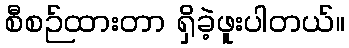
စီစဉ်ထားတာ ရှိခဲ့ဖူးပါတယ်။